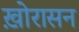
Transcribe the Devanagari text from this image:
ख़ोरासन